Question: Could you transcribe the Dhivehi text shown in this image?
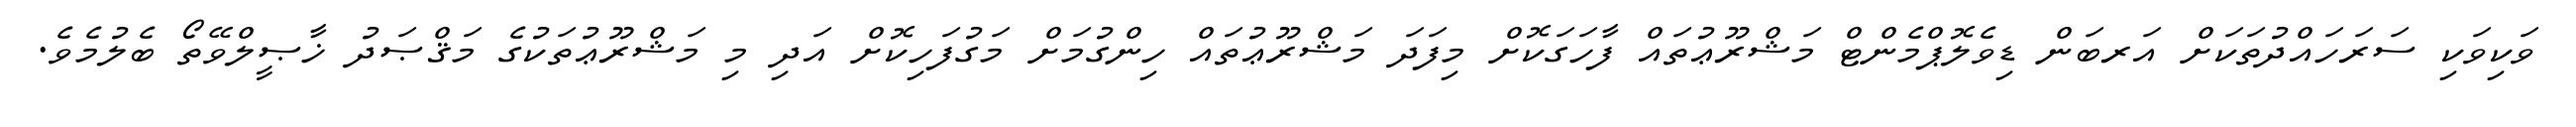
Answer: ވަކިވަކި ސަރަހައްދުތަކަށް އަރބަން ޑިވެލޮޕްމެންޓް މަޝްރޫޢުތައް ފާހަގަކޮށް މިފަދަ މަޝްރޫޢުތައް ހިންގުމަށް މަގުފަހިކޮށް އަދި މި މަޝްރޫޢުތަކުގެ މަޤްޞަދު ޚާޞީލްވޭތޯ ބެލުމެވެ.